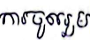
ការចូលរូម